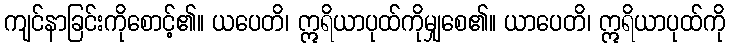
ကျင်နာခြင်းကိုစောင့်၏။ ယပေတိ၊ ဣရိယာပုထ်ကိုမျှစေ၏။ ယာပေတိ၊ ဣရိယာပုထ်ကို